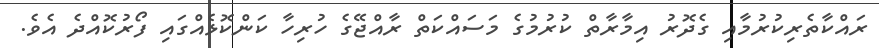
ރައްކާތެރިކުރުމާއި ގެދޮރު އިމާރާތް ކުރުމުގެ މަސައްކަތް ރާއްޖޭގެ ހުރިހާ ކަންކޮޅެއްގައި ފޯރުކޮއްދެ އެވެ.